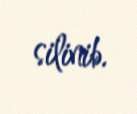
silinib.